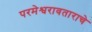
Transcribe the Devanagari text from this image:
परमेश्वरावताराचे